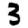
Digit: 3